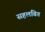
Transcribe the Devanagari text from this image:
सहलंबित